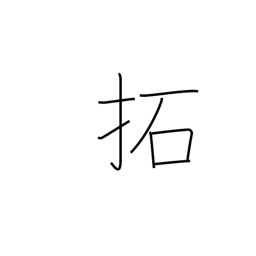
Meaning: break up (land)